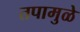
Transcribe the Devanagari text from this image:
तपामुळे